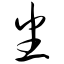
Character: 番